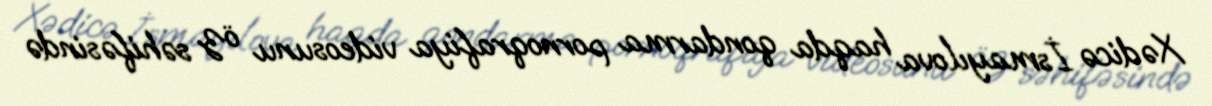
Xədicə İsmayılova haqda qondarma pornoqrafiya videosunu öz səhifəsində